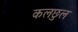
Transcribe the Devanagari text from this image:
कलछुल